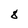
Character: 8